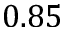
0 . 8 5